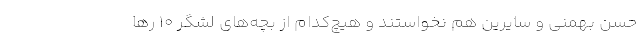
حسن بهمنی و سایرین هم نخواستند و هیچ‌کدام از بچه‌های لشگر ۱۰ رها